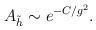
\begin{align*}A_{\tilde h} \sim e^{-C/g^2}. \end{align*}